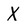
Character: X